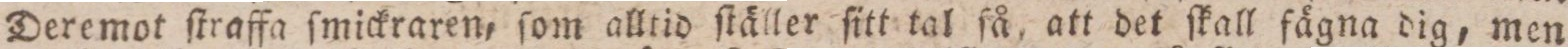
Deremot ſtraffa ſmickraren, ſom alltid ſtäller ſitt tal ſå, att det ſkall fägna dig, men